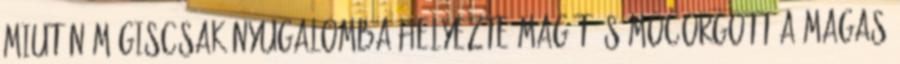
Miután mégiscsak nyugalomba helyezte magát és mocorgott a magas